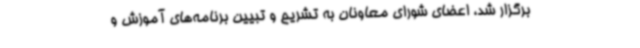
برگزار شد، اعضای شورای معاونان به تشریح و تبیین برنامه‌های آموزش ‌و